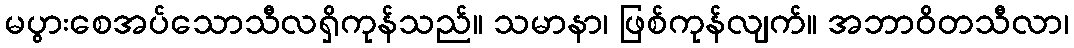
မပွားစေအပ်သောသီလရှိကုန်သည်။ သမာနာ၊ ဖြစ်ကုန်လျက်။ အဘာဝိတသီလာ၊